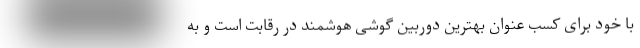
با خود برای کسب عنوان بهترین دوربین گوشی هوشمند در رقابت است و به